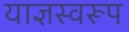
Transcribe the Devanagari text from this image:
याज्ञस्वरूप